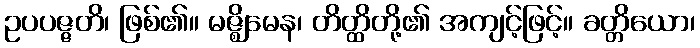
ဥပပဇ္ဇတိ၊ ဖြစ်၏။ မဇ္ဈိမေန၊ တိတ္ထိတို့၏ အကျင့်ဖြင့်။ ခတ္တိယော၊